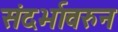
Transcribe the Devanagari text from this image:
संदर्भावरुन